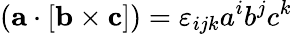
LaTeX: (\mathbf{a}\cdot[\mathbf{b}\times\mathbf{c}])=\varepsilon_{ijk}a^{i}b^{j}c^{k}